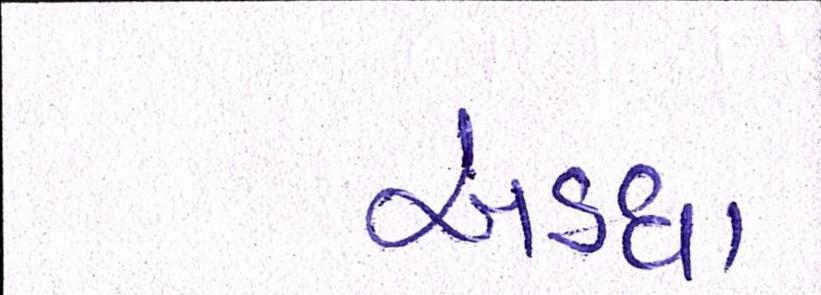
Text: અડધા